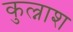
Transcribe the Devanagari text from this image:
कुल्नाश